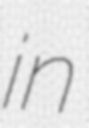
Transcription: in